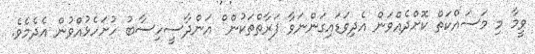
ވީމާ މި މަސައްކަތް ކޮށްދެއްވަން އެދިވަޑައިގަންނަވާ ފަރާތްތަކުން ް އަންދާސީހިސާބު ހުށަހެޅުއްވުން އެދެމެވެ.